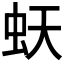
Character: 𧉂